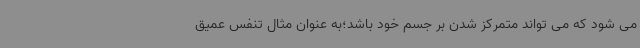
می شود که می تواند متمرکز شدن بر جسم خود باشد؛به عنوان مثال تنفس عمیق